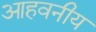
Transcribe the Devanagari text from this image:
आहवनीय